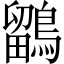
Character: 鶹